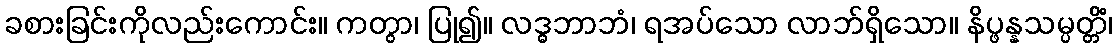
ခစားခြင်းကိုလည်းကောင်း။ ကတွာ၊ ပြု၍။ လဒ္ဓဘာဘံ၊ ရအပ်သော လာဘ်ရှိသော။ နိပ္ဖန္နသမ္ပတ္တိံ၊